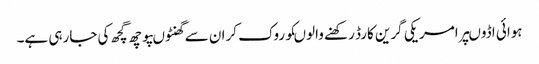
ہوائی اڈوںپرامریکی گرین کارڈ رکھنے والوںکوروک کران سے گھنٹوںپوچھ گچھ کی جارہی ہے۔